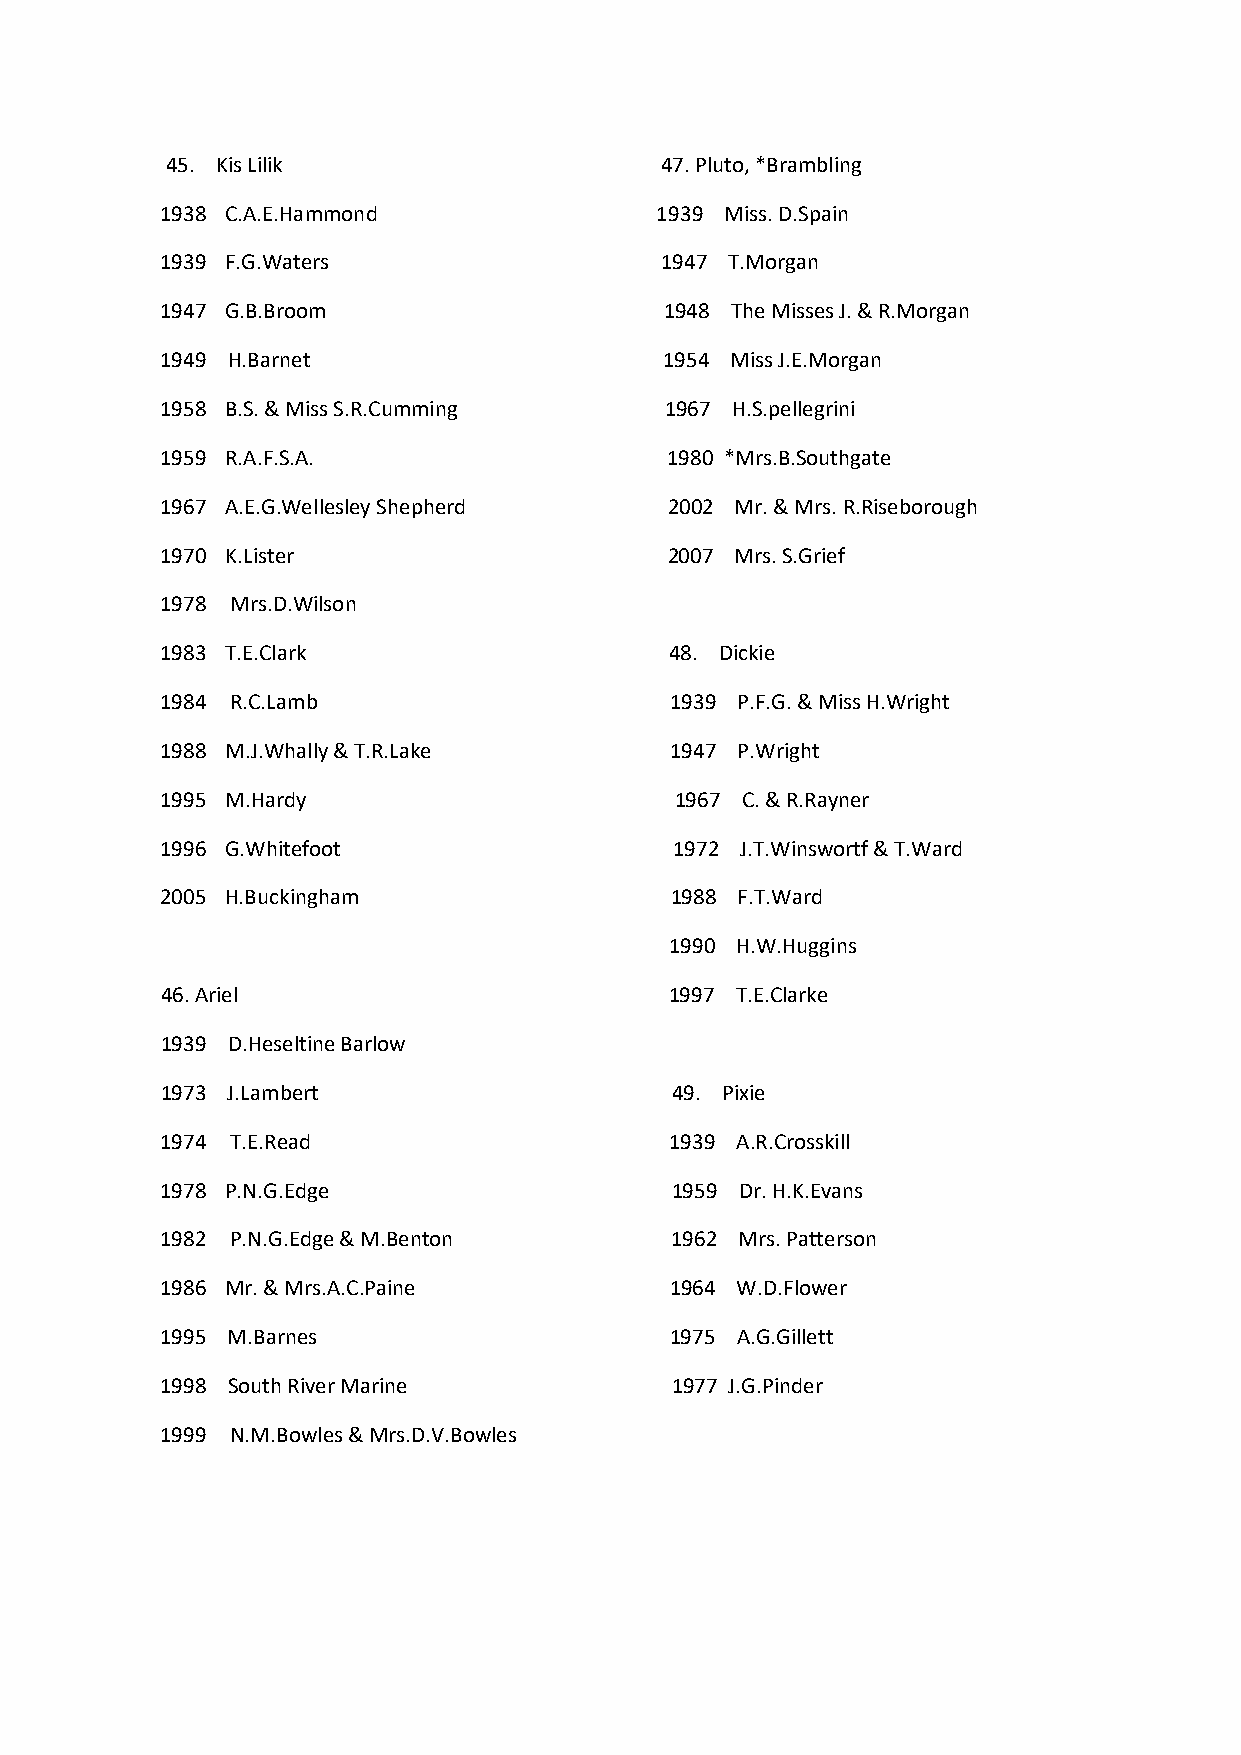
45. Kis Lilik                    47. Pluto, *Brambling
 1938 C.A.E.Hammond              1939 Miss. D.Spain
 1939 F.G.Waters                  1947 T.Morgan
 1947 G.B.Broom                   1948 The Misses J. & R.Morgan
 1949 H.Barnet                    1954 Miss J.E.Morgan
 1958 B.S. & Miss S.R.Cumming     1967 H.S.pellegrini
 1959 R.A.F.S.A.                  1980 *Mrs.B.Southgate
 1967 A.E.G.Wellesley Shepherd    2002 Mr. & Mrs. R.Riseborough
 1970 K.Lister                    2007 Mrs. S.Grief
 1978 Mrs.D.Wilson
 1983 T.E.Clark                   48. Dickie
 1984 R.C.Lamb                    1939 P.F.G. & Miss H.Wright
 1988 M.J.Whally & T.R.Lake       1947 P.Wright
 1995 M.Hardy                      1967 C. & R.Rayner
 1996 G.Whitefoot                  1972 J.T.Winswortf & T.Ward
 2005 H.Buckingham                1988 F.T.Ward
 1990 H.W.Huggins
 46. Ariel                        1997 T.E.Clarke
 1939 D.Heseltine Barlow
 1973 J.Lambert                   49. Pixie
 1974 T.E.Read                    1939 A.R.Crosskill
 1978 P.N.G.Edge                  1959 Dr. H.K.Evans
 1982 P.N.G.Edge & M.Benton       1962 Mrs. Patterson
 1986 Mr. & Mrs.A.C.Paine         1964 W.D.Flower
 1995 M.Barnes                    1975 A.G.Gillett
 1998 South River Marine          1977 J.G.Pinder
 1999 N.M.Bowles & Mrs.D.V.Bowles